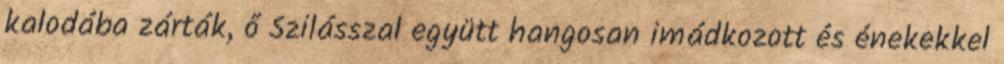
kalodába zárták, ő Szilásszal együtt hangosan imádkozott és énekekkel